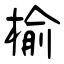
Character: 榆